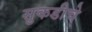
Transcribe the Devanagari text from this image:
सुकडीचे